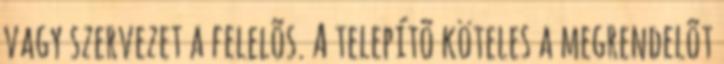
vagy szervezet a felelõs. A telepítõ köteles a megrendelõt